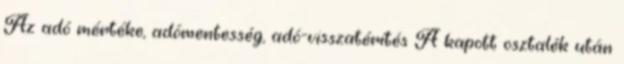
Az adó mértéke, adómentesség, adó-visszatérítés A kapott osztalék után